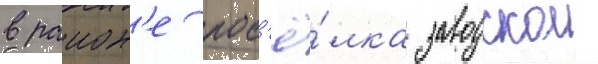
в раион'е пос'ё́лка заводскои